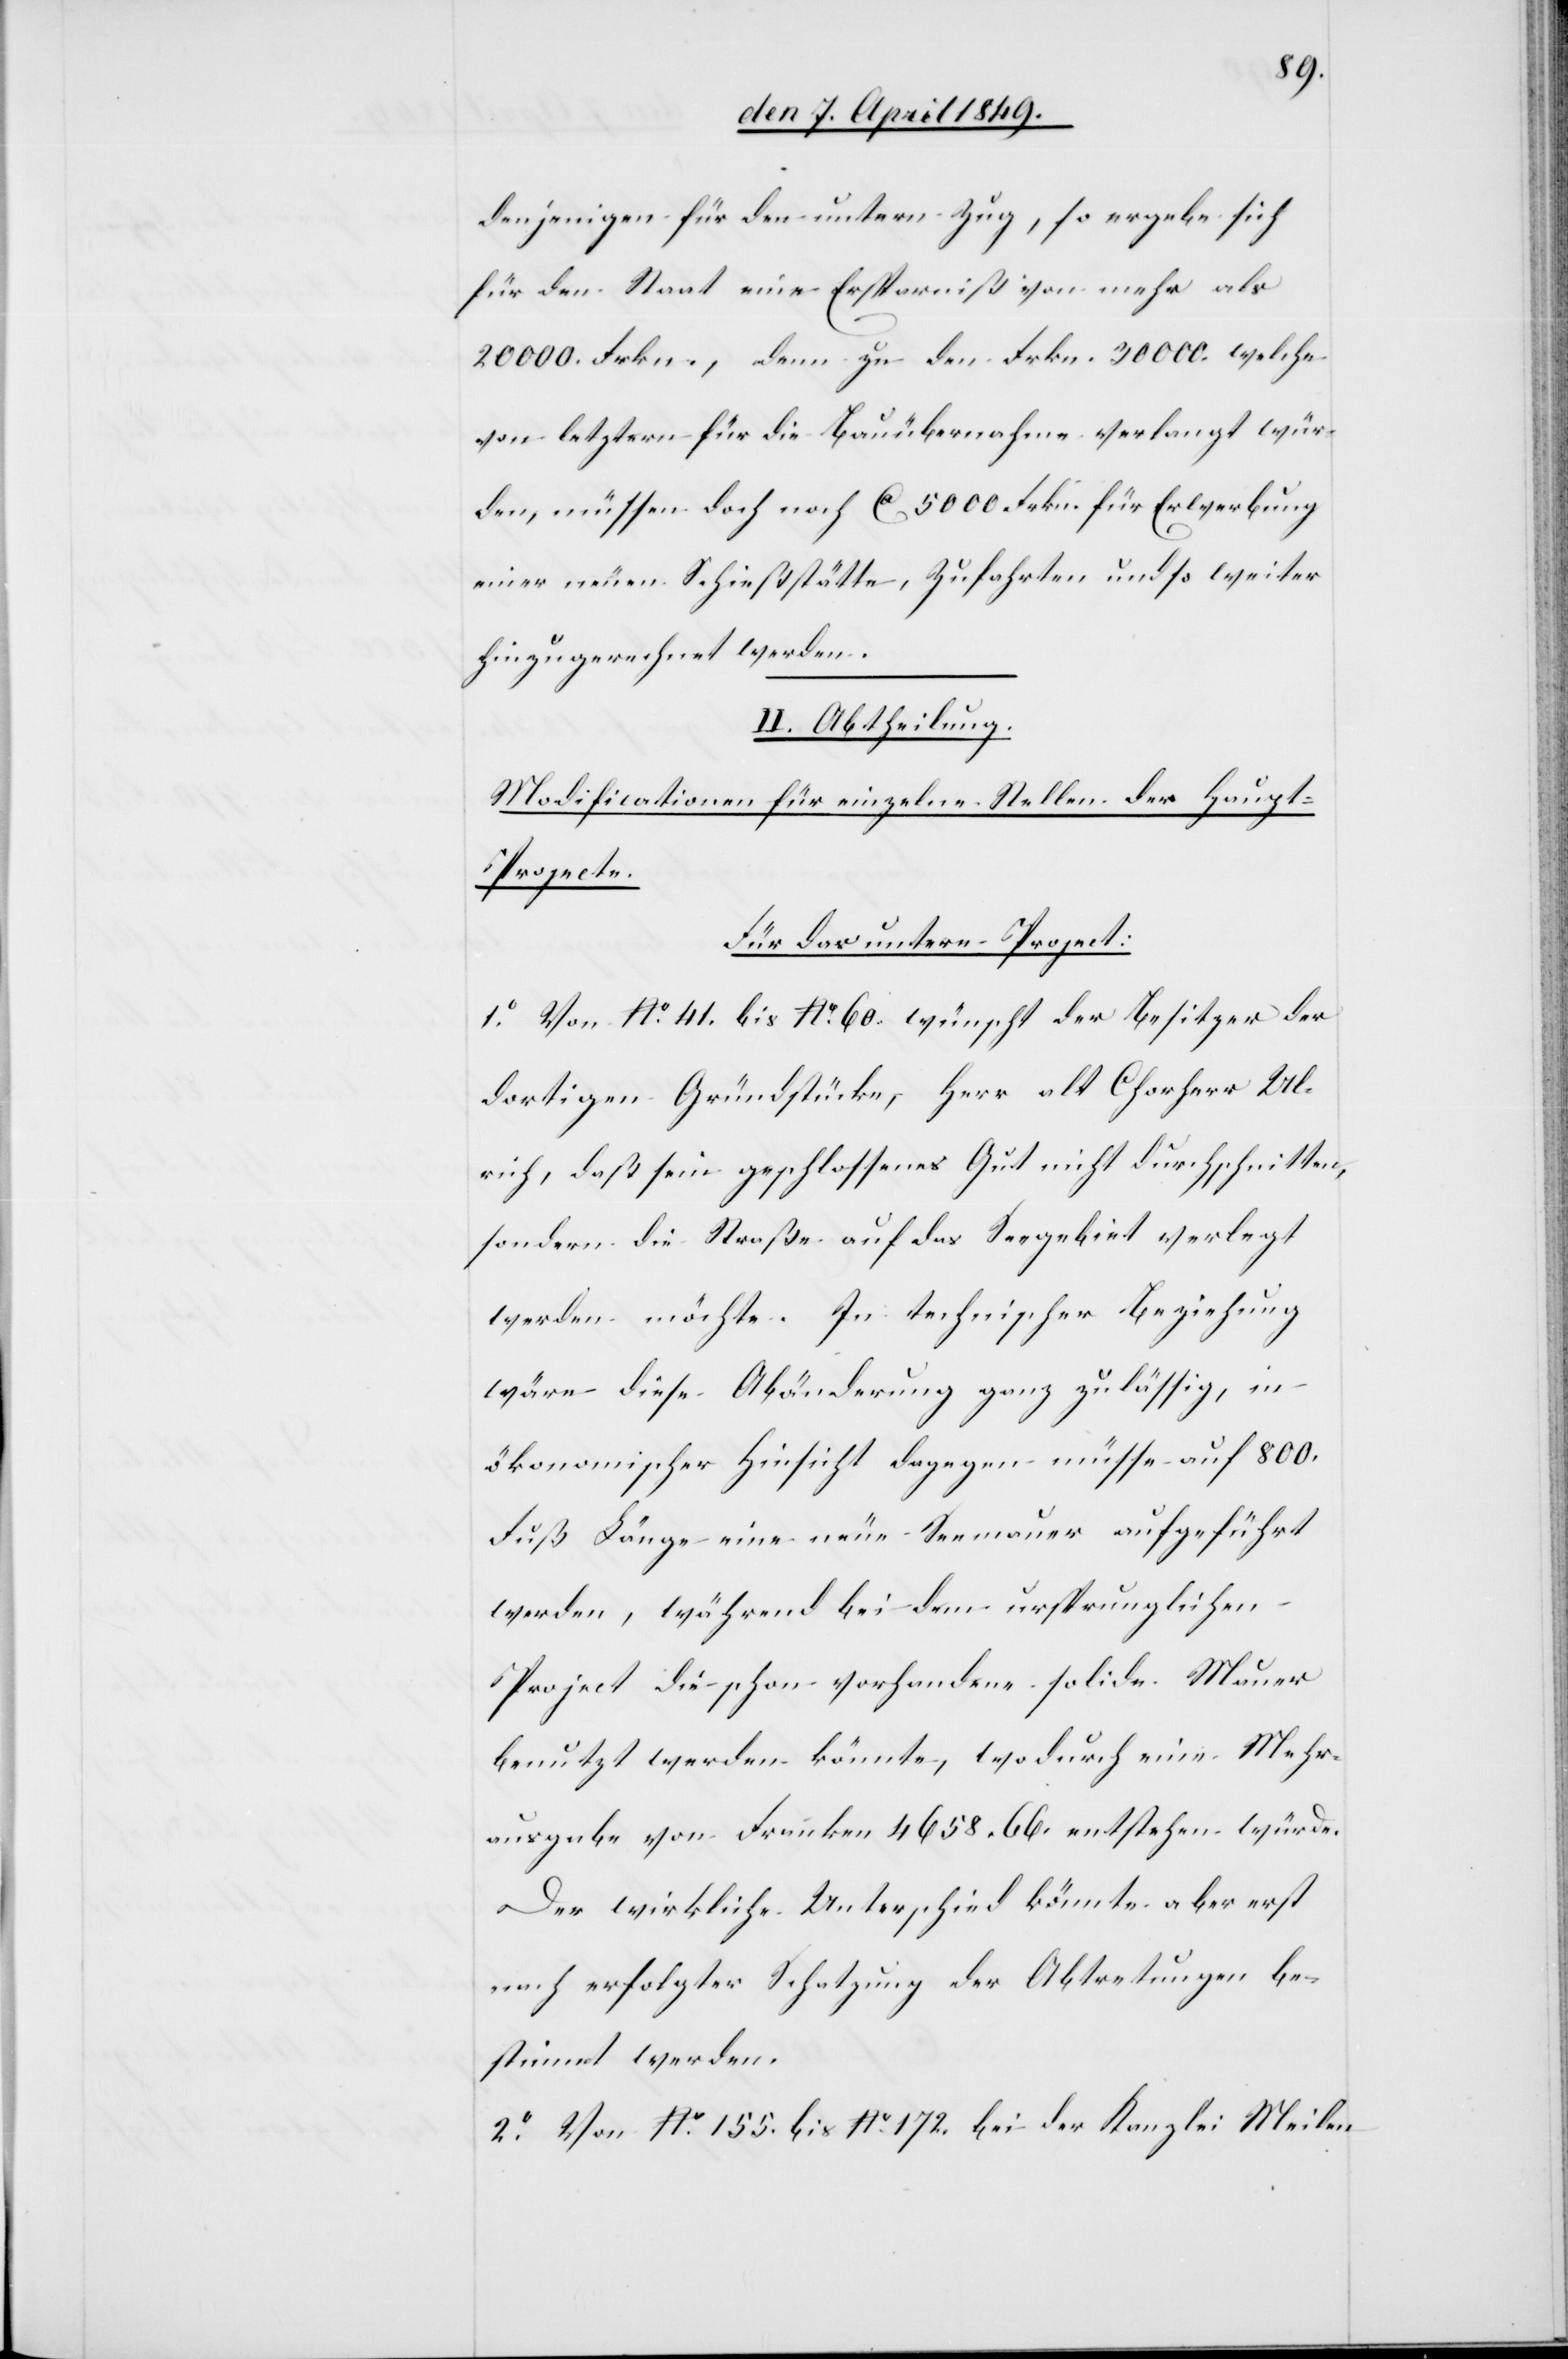
denjenigen für den untern Zug, so ergebe sich
für den Staat eine Ersparniß von mehr als
20 000. Frkn, denn zu den Frkn. 30 000. welche
von letztern für die Bauübernahme verlangt wür¬
den, müssen doch noch Ca 5 000. Frkn. für Erwerbung
einer neuen Schießstätte, Zufahrten und so weiter
hinzugerechnet werden.
II. Abtheilung.
Modificationen für einzelne Stellen der Haup¬
t-Projecte.
Für das untere Project:
1°. Von No 41. bis No 60. wünscht der Besitzer der
dortigen Gründstücke, Herr alt Chorherr Ul¬
rich, daß sein geschlossenes Gut nicht durchschnitten,
sondern die Straße auf das Seegebiet verlegt
werden möchte. In technischer Beziehung
wäre diese Abänderung ganz zulässig, in
ökonomischer Hinsicht dagegen müsse auf 800.
Fuß Länge eine neue Seemauer aufgeführt
werden, während bei dem ursprunglichen
Project die schon vorhandene solide Mauer
benutzt werden könnte, wodurch eine Mehr¬
ausgabe von Franken 4658.66. entstehen würde.
Der wirkliche Unterschied könnte aber erst
nach erfolgter Schatzung der Abtretungen be¬
stimmt werden.
2°. Von No 155. bis No 172. bei der Kanzlei Meilen[.]